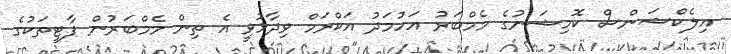
އިލެކްޝަންސް ކޮމިޝަނުގެ މެމްބަރު އަހުމަދު އަކްރަމް ވިދާޅުވީ އެ ތިން މެމްބަރުން ޕާޓީތަކުގެ